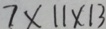
7 \times 1 1 \times 1 3